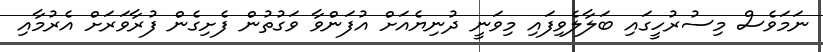
ނަމަވެސް މިސުރުހީގައި ބަލާލެވިފައި މިވަނީ ދުނިޔެއަށް އުފަންވާ ވަގުތުން ފެށިގެން ފުރާވަރަށް އެރުމާއި